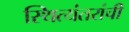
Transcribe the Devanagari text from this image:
स्थित्यंतरांची